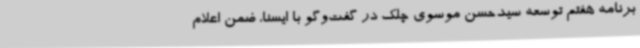
برنامه هفتم توسعه سیدحسن موسوی چلک در گفت‌وگو با ایسنا، ضمن اعلام